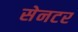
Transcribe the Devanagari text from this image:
सेनटर